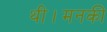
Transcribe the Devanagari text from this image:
थी।मनकी